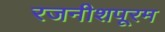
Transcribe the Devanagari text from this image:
रजनीशपूरम